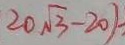
2 0 \sqrt { 3 } - 2 0 )